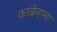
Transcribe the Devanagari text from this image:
कांब्रेनामा